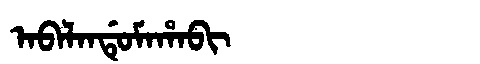
Manchu: ᠠᠪᠠᠯᠠᠨᡩᡠᠮᠠᡥᠠᠪᡳ
Romanization: ABALANDUMAHABI